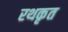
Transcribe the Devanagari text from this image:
रथकृत